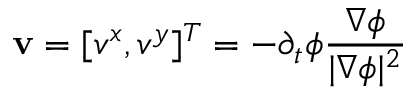
\mathbf { v } = [ v ^ { x } , v ^ { y } ] ^ { T } = - \partial _ { t } \phi \frac { \nabla \phi } { | \nabla \phi | ^ { 2 } }